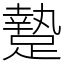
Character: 䠟